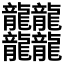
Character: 𪚥